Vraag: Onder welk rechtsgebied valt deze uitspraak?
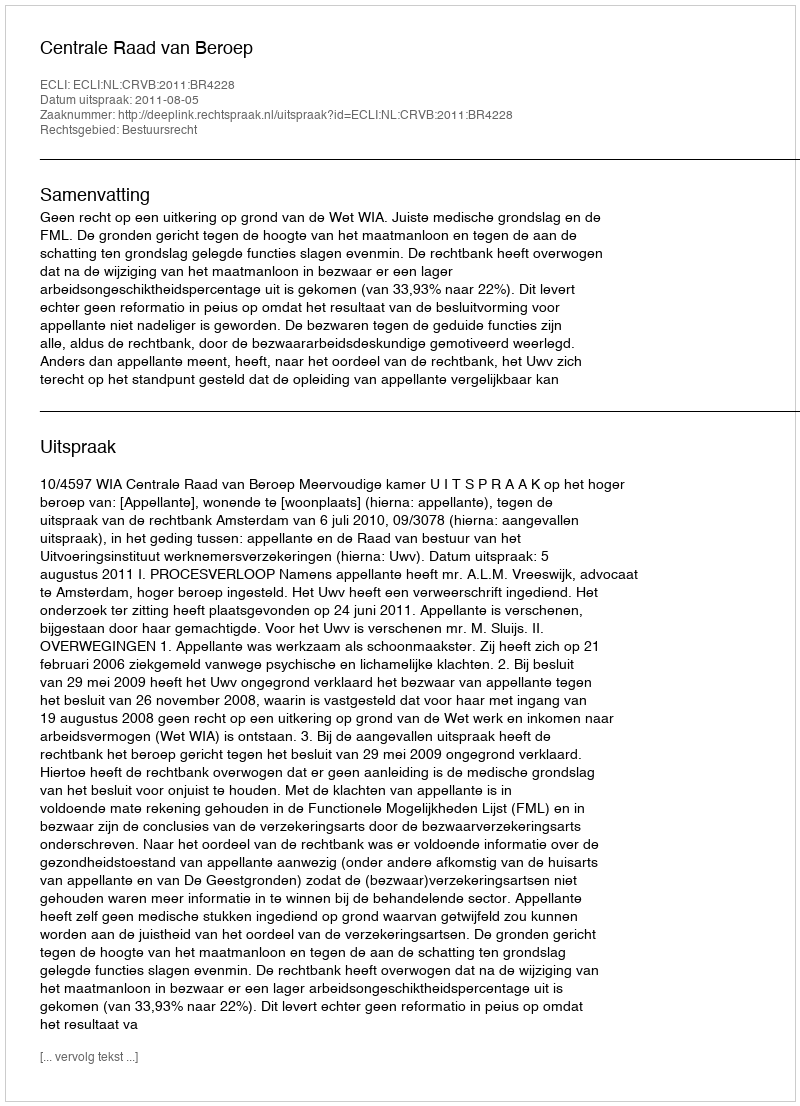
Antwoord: Bestuursrecht